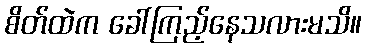
စိတ်ထဲက ခေါ်ကြည့်နေသလားမသိ။